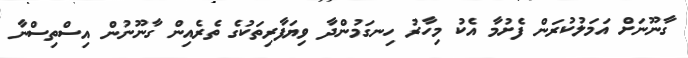
ގާނޫނަށް އަމަލުކުރަން ފެށުމާ އެކު މިހާރު ހިނގަމުންދާ ވިޔަފާރިތަކުގެ ތެރެއިން ގާނޫނުން އިސްތިސްނާ